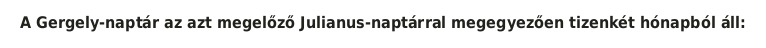
A Gergely-naptár az azt megelőző Julianus-naptárral megegyezően tizenkét hónapból áll: